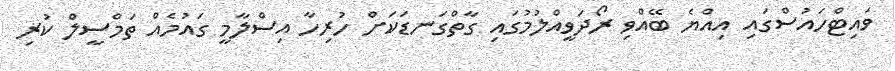
ވައިޓްހައުސްގައި އިއްޔެ ބޭއްވި ރޯދަވީއްލުމުގައި ގާތްގަނޑަކަށް ހުރިހާ އިސްލާމީ ގައުމެއް ތަމްސީލް ކުރި